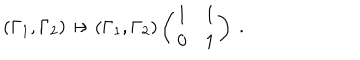
( \Gamma _ { 1 } , \Gamma _ { 2 } ) \mapsto ( \Gamma _ { 1 } , \Gamma _ { 2 } ) \left( \begin{array} { c c } { { 1 } } & { { 1 } } \\ { { 0 } } & { { 1 } } \\ \end{array} \right) \ .